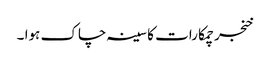
خنجر چمکا رات کا سینہ چاک ہوا ۔